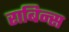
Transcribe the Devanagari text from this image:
राबिन्स